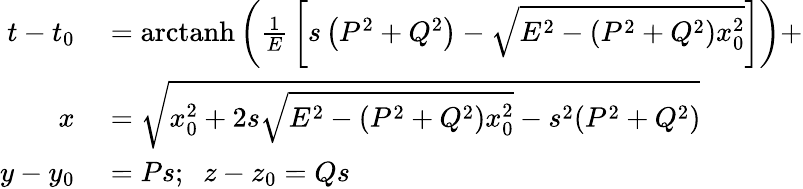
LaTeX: \begin{array}{rl}{t-t_{0}}&{{}=\operatorname{arctanh}\left({\frac{1}{E}}\left[s\left(P^{2}+Q^{2}\right)-{\sqrt{E^{2}-\left(P^{2}+Q^{2}\right)x_{0}^{2}}}\right]\right)+}\\ {x}&{{}={\sqrt{x_{0}^{2}+2s{\sqrt{E^{2}-(P^{2}+Q^{2})x_{0}^{2}}}-s^{2}(P^{2}+Q^{2})}}}\\ {y-y_{0}}&{{}=Ps;\; \; z-z_{0}=Qs}\end{array}